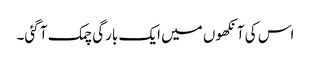
اس کی آنکھوں میں ایک بارگی چمک آ گئی۔